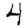
Digit: 4